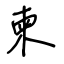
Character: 柬